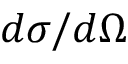
d \sigma / d \Omega